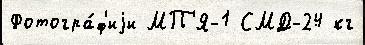
Фотогра́ф'иjи МП'Я-1 СМД-24 кг